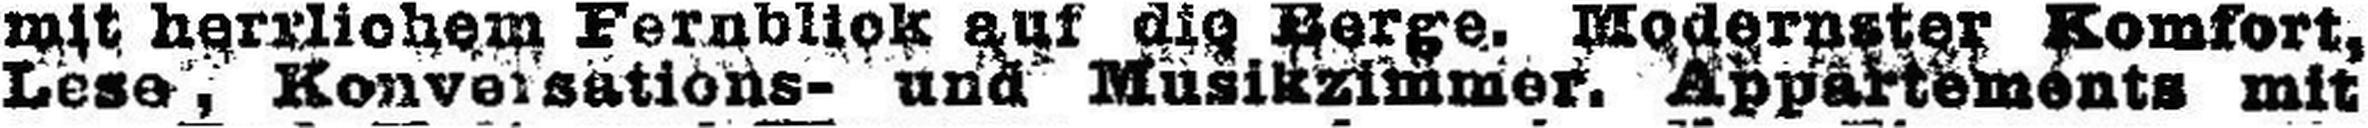
Lese, Konversations- und Musikzimmer. Appartements mit